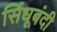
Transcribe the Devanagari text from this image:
सिंधूबंदी